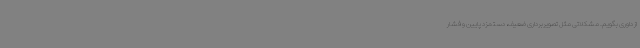
از داوری بگویم. مشکلاتی مثل تصویربرداری ضعیف، دستمزد پایین و فشار